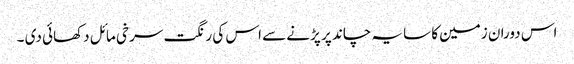
اس دوران زمین کا سایہ چاند پر پڑنے سے اس کی رنگت سرخی مائل دکھائی دی ۔